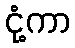
ငုံ့ကာ